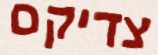
צדיקם